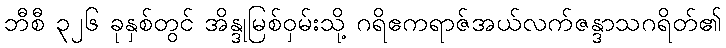
ဘီစီ ၃၂၆ ခုနှစ်တွင် အိန္ဒုမြစ်ဝှမ်းသို့ ဂရိဧကရာဇ်အယ်လက်ဇန္ဒာသဂရိတ်၏